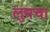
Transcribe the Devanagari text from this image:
लुमचा